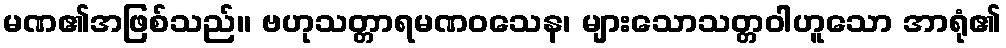
မဏ၏အဖြစ်သည်။ ဗဟုသတ္တာရမဏဝသေန၊ များသောသတ္တဝါဟူသော အာရုံ၏